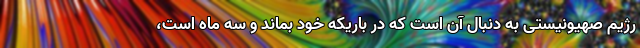
رژیم صهیونیستی به دنبال آن است که در باریکه خود بماند و سه ماه است،